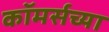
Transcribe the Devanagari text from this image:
कॉमर्सच्या